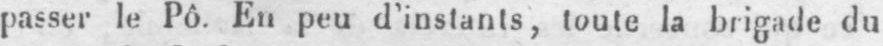
passer le Pô. En peu d’instants, toute la brigade du